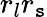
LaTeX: r_{l}r_{\mathtt{s}}